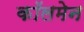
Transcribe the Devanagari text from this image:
कॉलमेन